Source: Handwritten
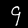
Digit: ၄ (4)